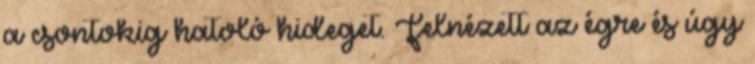
a csontokig hatoló hideget. Felnézett az égre és úgy